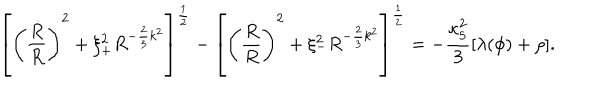
LaTeX: \left[ \left( { \frac { \dot { R } } { R } } \right) ^ { 2 } + \xi _ { + } ^ { 2 } R ^ { - { \frac { 2 } { 3 } } k ^ { 2 } } \right] ^ { \frac { 1 } { 2 } } - \left[ \left( { \frac { \dot { R } } { R } } \right) ^ { 2 } + \xi _ { - } ^ { 2 } R ^ { - { \frac { 2 } { 3 } } k ^ { 2 } } \right] ^ { \frac { 1 } { 2 } } = - { \frac { \kappa _ { 5 } ^ { 2 } } { 3 } } [ \lambda ( \phi ) + \rho ] .